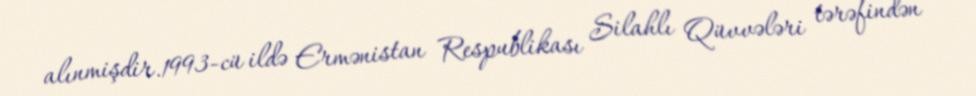
alınmişdir.1993-cü ildə Ermənistan Respublikası Silahlı Qüvvələri tərəfindən